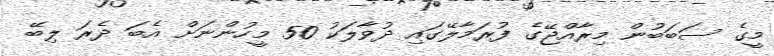
މީގެ ސަބަބުން މިރާއްޖޭގެ ފުރަމާލޭގައި ދުވާލަކު 50 މީހުންނަށް އެބަ ދެރަ ލިބޭ